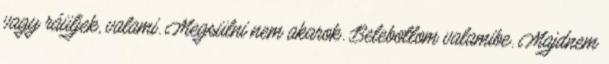
vagy ráüljek, valami. Megsülni nem akarok. Belebotlom valamibe. Majdnem